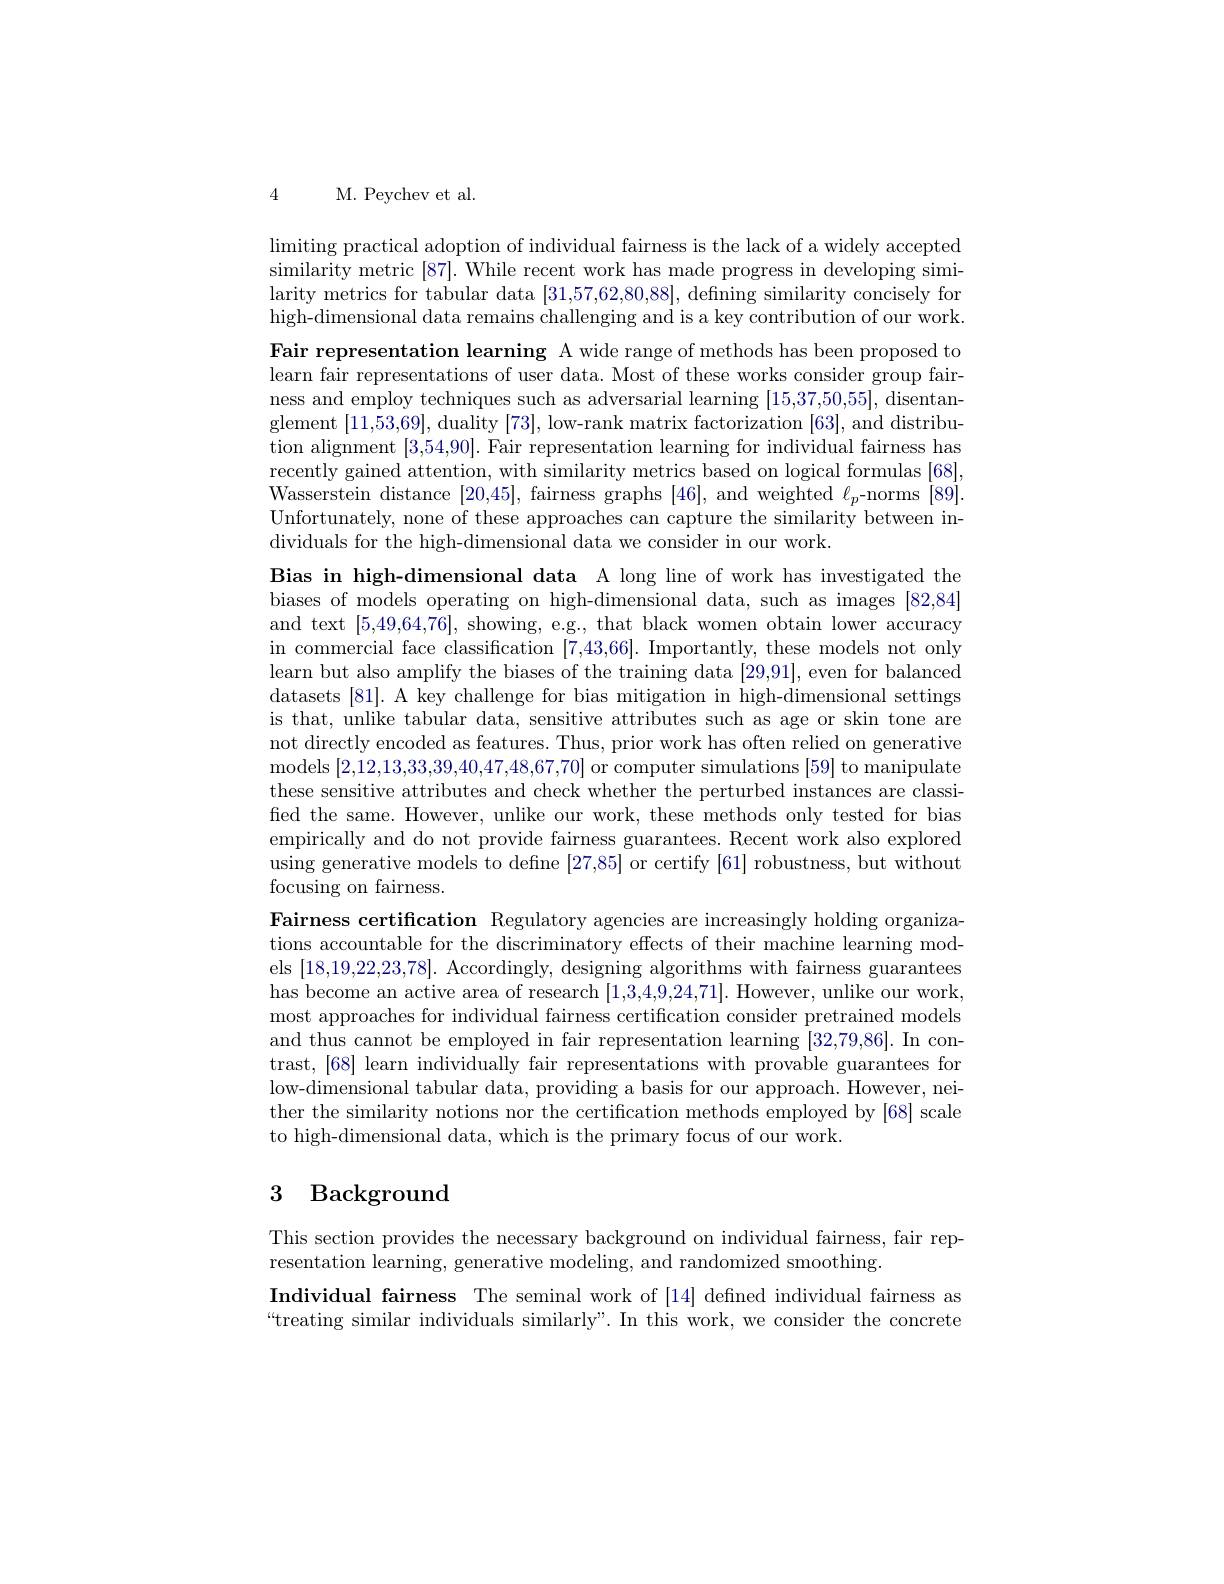
4 M. Peychev et al.

$\operatorname*{limiting}$ practical adoption of individual fairness is the lack of a widely accepted similarity metric [87]. While recent work has made progress in developing similarity metrics for tabular data [31,57,62,80,88], defining similarity concisely for high-dimensional data remains challenging and is a key contribution of our work.

Fair representation learning A wide range of methods has been proposed to learn fair representations of user data. Most of these works consider group fairness and employ techniques such as adversarial learning [15,37,50,55], disentanglement [11,53,69], duality [73], low-rank matrix factorization [63], and distribution alignment [3,54,90]. Fair representation learning for individual fairness has recently gained attention, with similarity metrics based on logical formulas [68], Wasserstein distance[20,45], fairness graphs [ 46] , and weighted $\ell _{p}$- norms [ 89] . Unfortunately, none of these approaches can capture the similarity between individuals for the high-dimensional data we consider in our work.

Bias in high-dimensional data A long line of work has investigated the biases of models operating on high-dimensional data, such as images [82,84] and text [5,49,64,76], showing, e.g., that black women obtain lower accuracy in commercial face classification [7,43,66]. Importantly, these models not only learn but also amplify the biases of the training data [29,91], even for balanced datasets [81]. A key challenge for bias mitigation in high-dimensional settings is that, unlike tabular data, sensitive attributes such as age or skin tone are not directly encoded as features. Thus, prior work has often relied on generative models [2,12,13,33,39,40,47,48,67,70] or computer simulations [59] to manipulate these sensitive attributes and check whether the perturbed instances are classified the same. However, unlike our work, these methods only tested for bias empirically and do not provide fairness guarantees. Recent work also explored using generative models to define [27,85] or certify [61] robustness, but without focusing on fairness.
Fairness certification Regulatory agencies are increasingly holding organizations accountable for the discriminatory effects of their machine learning models [18,19,22,23,78]. Accordingly, designing algorithms with fairness guarantees has become an active area of research [1,3,4,9,24,71]. However, unlike our work, most approaches for individual fairness certification consider pretrained models and thus cannot be employed in fair representation learning [32,79,86]. In contrast, [68] learn individually fair representations with provable guarantees for low-dimensional tabular data, providing a basis for our approach. However, neither the similarity notions nor the certification methods employed by [68] scale to high-dimensional data, which is the primary focus of our work.

# 3 Background

This section provides the necessary background on individual fairness, fair rep-
resentation learning, generative modeling, and randomized smoothing.
Individual fairness The seminal work of [14] defined individual fairness as “treating similar individuals similarly”. In this work, we consider the concrete